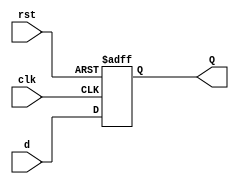
`timescale 1ns / 1ps


module dff(
    input clk,rst,d,
    output reg Q
    );
always@(posedge clk or posedge rst)
begin
if(rst == 1'b1)
  begin
     Q <= 1'b0;
  end
else begin
    Q <= d; 
  end
end
endmodule